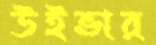
উইভার